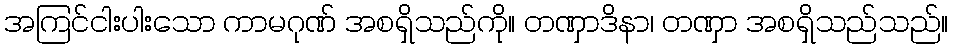
အကြင်ငါးပါးသော ကာမဂုဏ် အစရှိသည်ကို။ တဏှာဒိနာ၊ တဏှာ အစရှိသည်သည်။